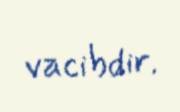
vacibdir.